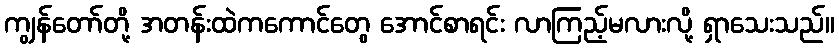
ကျွန်တော်တို့ အတန်းထဲကကောင်တွေ အောင်စာရင်း လာကြည့်မလားလို့ ရှာသေးသည်။